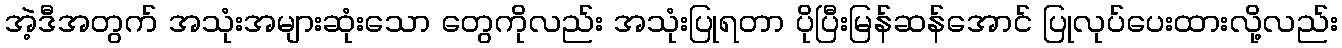
အဲ့ဒီအတွက် အသုံးအများဆုံးသော တွေကိုလည်း အသုံးပြုရတာ ပိုပြီးမြန်ဆန်အောင် ပြုလုပ်ပေးထားလို့လည်း